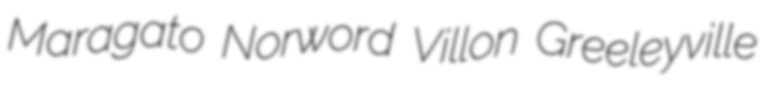
Maragato Norword Villon Greeleyville